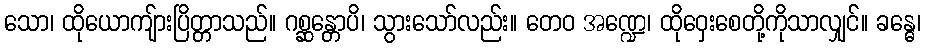
သော၊ ထိုယောကျ်ားပြိတ္တာသည်။ ဂစ္ဆန္တောပိ၊ သွားသော်လည်း။ တေဝ အဏ္ဍေ၊ ထိုဝှေးစေတို့ကိုသာလျှင်။ ခန္ဓေ၊